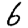
Digit: 6